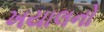
ખયાલનો